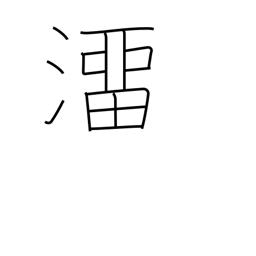
Meaning: slip